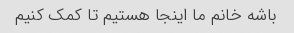
باشه خانم ما اینجا هستیم تا کمک کنیم